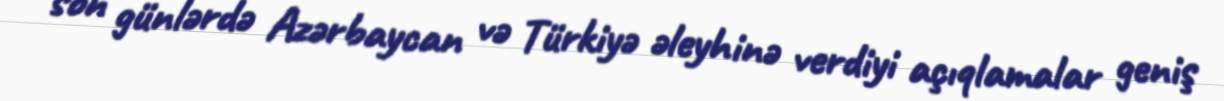
son günlərdə Azərbaycan və Türkiyə əleyhinə verdiyi açıqlamalar geniş